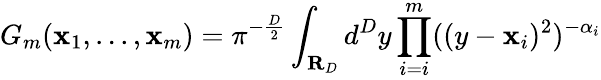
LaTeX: G_{m}(\mathbf{x}_{1},...,\mathbf{x}_{m})=\pi^{-\frac{{D}}{{2}}}\int_{\mathbf{{R}}_{D}}d^{D}y\prod_{i=i}^{m}((y-\mathbf{x}_{i})^{2})^{-\alpha_{i}}